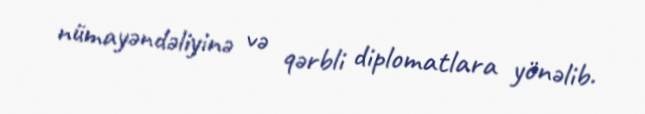
nümayəndəliyinə və qərbli diplomatlara yönəlib.